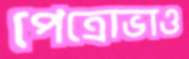
পেত্রোভাও